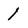
Character: 1